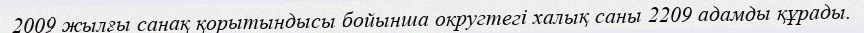
2009 жылғы санақ қорытындысы бойынша округтегі халық саны 2209 адамды құрады.